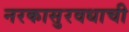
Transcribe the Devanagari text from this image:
नरकासुरवधाची